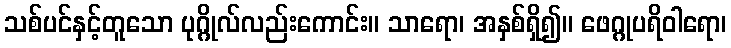
သစ်ပင်နှင့်တူသော ပုဂ္ဂိုလ်လည်းကောင်း။ သာရော၊ အနှစ်ရှိ၍။ ဖေဂ္ဂုပရိဝါရော၊